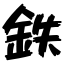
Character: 鉄